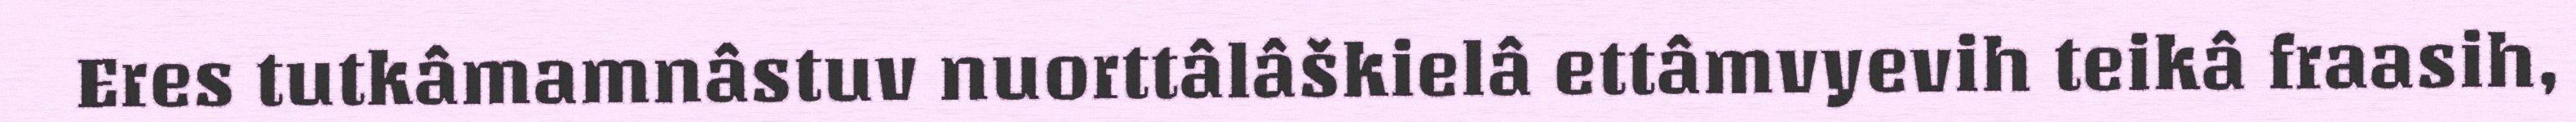
Eres tutkâmamnâstuv nuorttâlâškielâ ettâmvyevih teikâ fraasih,